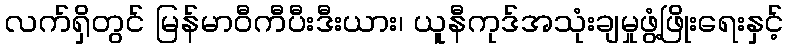
လက်ရှိတွင် မြန်မာဝီကီပီးဒီးယား၊ ယူနီကုဒ်အသုံးချမှုဖွံ့ဖြိုးရေးနှင့်